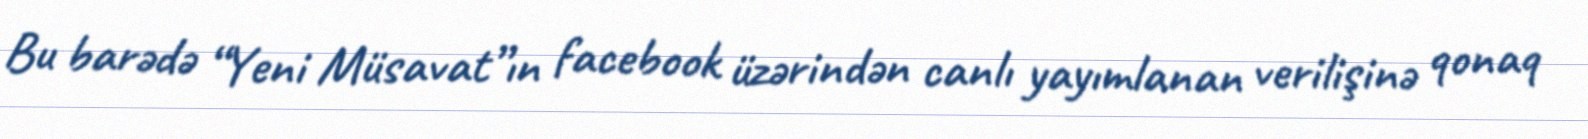
Bu barədə “Yeni Müsavat”ın facebook üzərindən canlı yayımlanan verilişinə qonaq